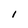
Character: i